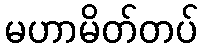
မဟာမိတ်တပ်